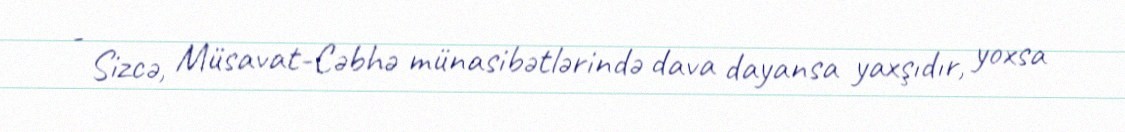
- Sizcə, Müsavat-Cəbhə münasibətlərində dava dayansa yaxşıdır, yoxsa